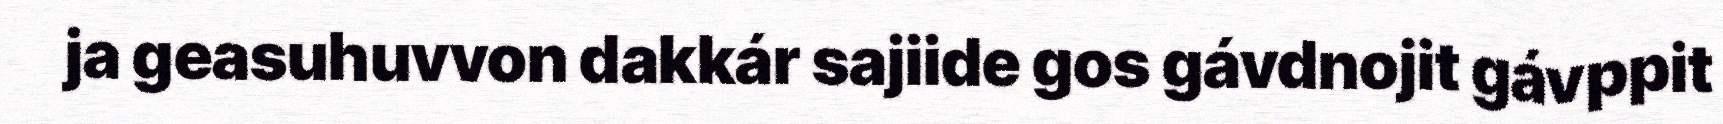
ja geasuhuvvon dakkár sajiide gos gávdnojit gávppit